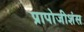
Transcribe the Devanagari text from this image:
प्रापोजीशंस